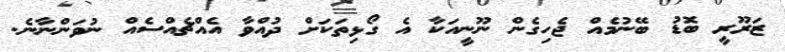
ޒަރޫރީ ބޮޑު ބޭނުމެއް ޖެހިގެން ނޫނީއަކާ އެ ގޯޅިތަކަށް ދުއްވާ އެއްޗެއްސެއް ނުވަންނާނެ.